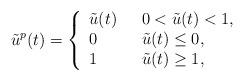
LaTeX: \begin{align*}\tilde{u}^p(t)=\left\{\begin{array}{ll}\tilde{u}(t)& \ \ 0< \tilde{u}(t) < 1 ,\\0 & \ \ \tilde{u}(t) \leq 0 , \\1 & \ \ \tilde{u}(t) \geq 1,\\\end{array}\right.\end{align*}